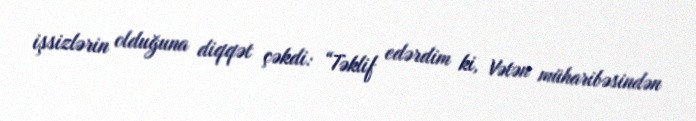
işsizlərin olduğuna diqqət çəkdi: “Təklif edərdim ki, Vətən müharibəsindən